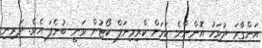
އަންގާރަ ދުވަހު އޮންނާނެ ކަމަށް ކްރިމިނަލް ކޯޓުން ވަނީ ބުނެފަ އެވެ. ދަރިނި